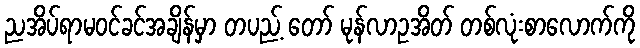
ညအိပ်ရာမဝင်ခင်အချိန်မှာ တပည့် တော် မုန်လာဥအိတ် တစ်လုံးစာလောက်ကို